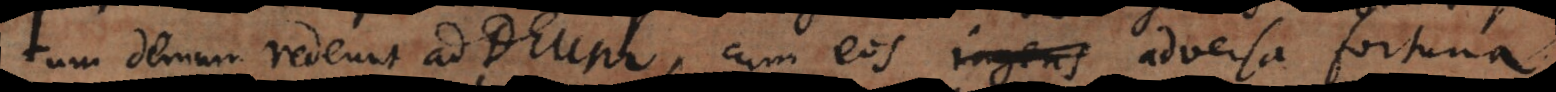
tum demum redeunt ad Deum, cum eos ingens adversa fortuna